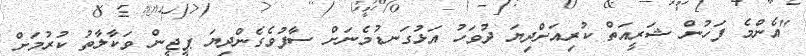
"އެންމެ ފަހުން ޝަރީއަތް ކުރިއަށްދިޔަ ދުވަހު އަޅުގަނޑުމެނަށް ސާފުވެގެންދިޔަ ޕީޖީން ވަކާލާތު ކުރުމަށް